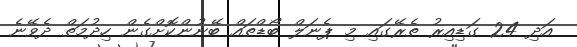
އަދި 24 ގަޑިއިރު ތެރޭގައި މި ޕެނަލް ބޯޑްތައް ބޭނުންކޮށްގެން ހިދުމަތް ދެވޭނެ